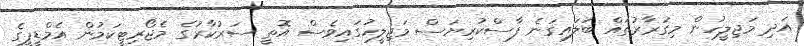
އަދި މަޖިލީހުން މިގަރާރުތައް ބަލައިގަނެ ފާސްކުރިޔަސް މަޖިލީހުގައިވެސް އޮތީ ސަރުކާރުގެ މެޖޯރިޓީކަމުން އެމްޑީޕީގެ